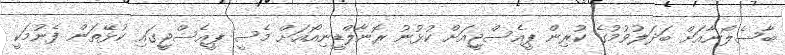
ބާސެލޯނާއަށް ބަދަލުވުމުގެ ކުރިން ޕީއެސްޖީއަށް ކުޅުނު ރޮނާލްޑީނިއޯއަށް މެސީ ޕީއެސްޖީގައި ކުޅޭތަން ފެނުމަކީ